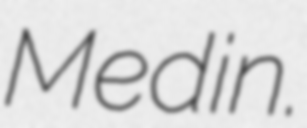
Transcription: Medin.